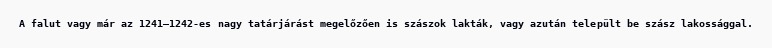
A falut vagy már az 1241–1242-es nagy tatárjárást megelőzően is szászok lakták, vagy azután települt be szász lakossággal.